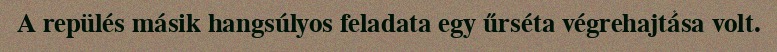
A repülés másik hangsúlyos feladata egy űrséta végrehajtása volt.